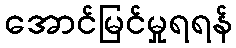
အောင်မြင်မှုရရန်